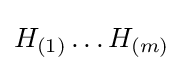
H_{(1)}\ldots H_{(m)}